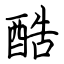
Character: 酷